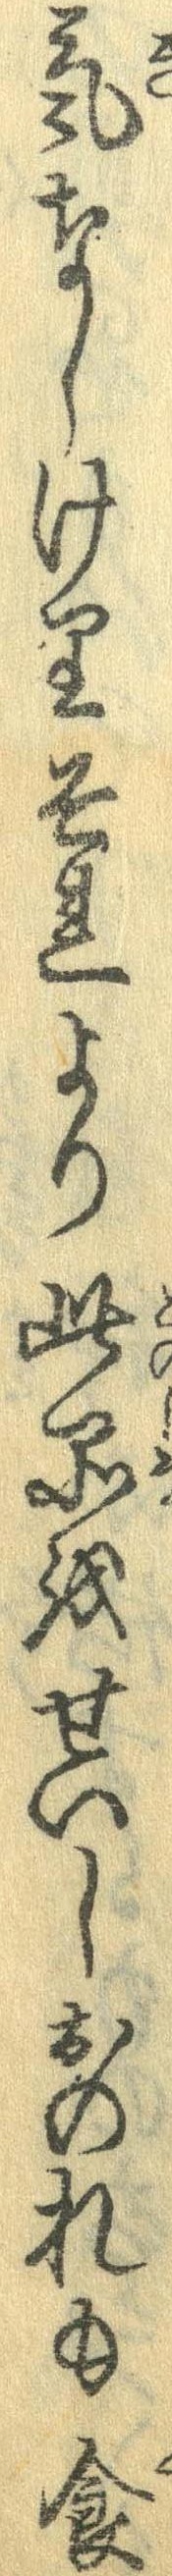
気なしけりそれより此品をせいしおのれも食